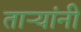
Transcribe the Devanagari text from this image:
ताऱ्यांनी